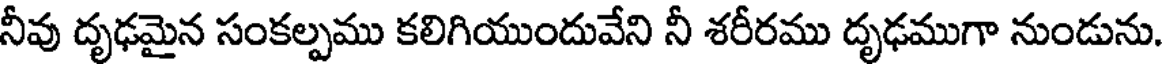
నీవు దృఢమైన సంకల్పము కలిగియుందువేని నీ శరీరము దృఢముగా నుండును.